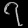
Digit: ၇